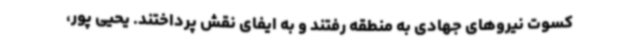
کسوت نیروهای جهادی به منطقه رفتند و به ایفای نقش پرداختند. یحیی پور،